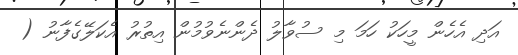
އަދި އެހެން މީހަކު ހަމަ މި ސުވާލު ދެންނެވުމުން އިތުރު އެކަލޭގެފާނު (